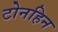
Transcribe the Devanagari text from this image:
टोनहिन